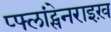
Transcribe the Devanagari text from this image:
प्फ्लांट्सेनराइख़